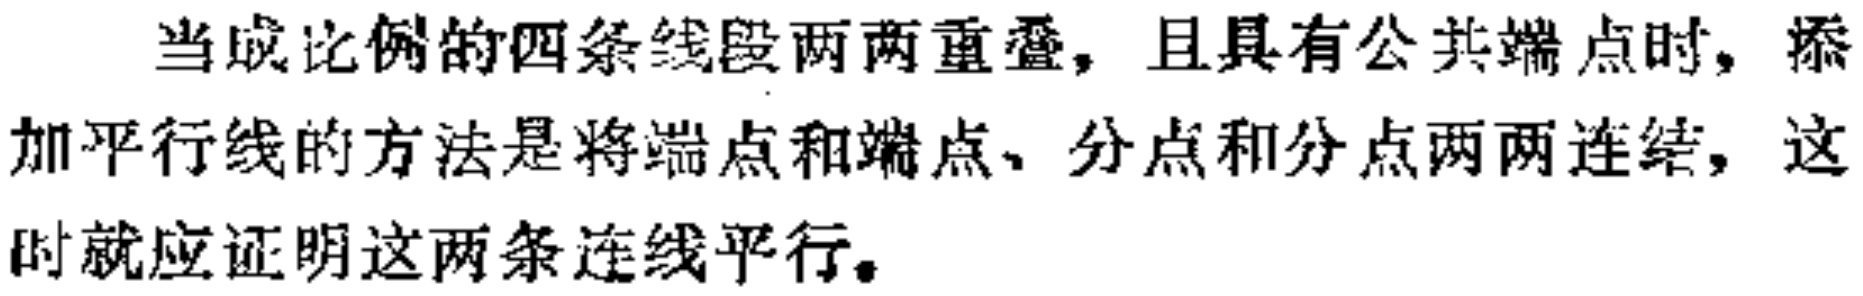
当成比例的四条线段两两重叠，且具有公共端点时，添加平行线的方法是将端点和端点、分点和分点两两连结，这时就应证明这两条连线平行。